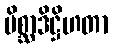
မိစ္ဆာဒိဋ္ဌိဟတာ